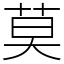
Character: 莫